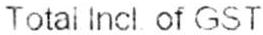
TOTAL INCL OF GST :